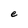
Character: e